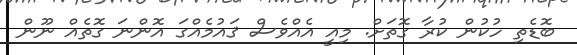
ބޮޑެތި ހުކުން ކުރާ ގޮތަށް. މިއީ އެއްވެސް ޤައުމެއްގަ އޮންނަ ގޮތެއް ނޫން